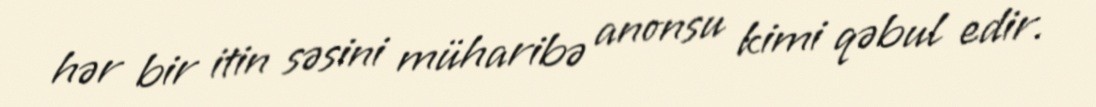
hər bir itin səsini müharibə anonsu kimi qəbul edir.